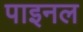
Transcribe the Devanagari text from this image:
पाइनल